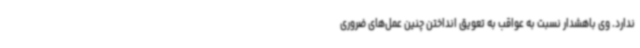
ندارد. وی باهشدار نسبت به عواقب به تعویق انداختن چنین عمل‌های ضروری